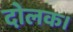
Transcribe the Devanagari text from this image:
दोलक।